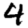
Digit: 4